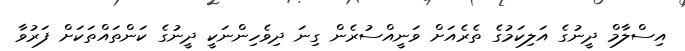
އިސްލާމް ދީނުގެ އަލިކަމުގެ ތެރެއަށް ވަނީއްސުރެން ގިނަ ދިވެހިންނަކީ ދީނުގެ ކަންތައްތަކަށް ފަރުވާ